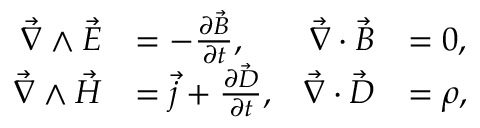
\begin{array} { r l r l } { \vec { \nabla } \wedge \vec { E } } & { = - \frac { \partial \vec { B } } { \partial t } , } & { \vec { \nabla } \cdot \vec { B } } & { = 0 , } \\ { \vec { \nabla } \wedge \vec { H } } & { = \vec { j } + \frac { \partial \vec { D } } { \partial t } , } & { \vec { \nabla } \cdot \vec { D } } & { = \rho , } \end{array}